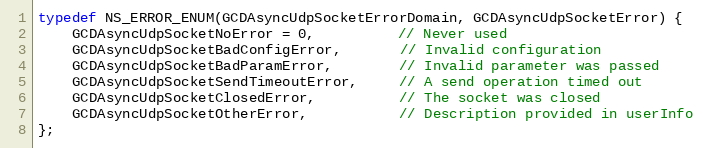
Language: C
typedef NS_ERROR_ENUM(GCDAsyncUdpSocketErrorDomain, GCDAsyncUdpSocketError) {
	GCDAsyncUdpSocketNoError = 0,          // Never used
	GCDAsyncUdpSocketBadConfigError,       // Invalid configuration
	GCDAsyncUdpSocketBadParamError,        // Invalid parameter was passed
	GCDAsyncUdpSocketSendTimeoutError,     // A send operation timed out
	GCDAsyncUdpSocketClosedError,          // The socket was closed
	GCDAsyncUdpSocketOtherError,           // Description provided in userInfo
};